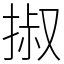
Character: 掓